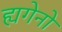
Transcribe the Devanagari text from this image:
ह्यगेनो